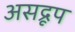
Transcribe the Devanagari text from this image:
असद्रूप